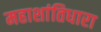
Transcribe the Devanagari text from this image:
महाशांतिधारा